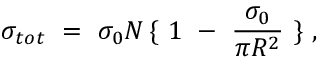
\sigma _ { t o t } \, \, = \, \, \sigma _ { 0 } N \, \{ \, \, 1 \, \, - \, \, \frac { \sigma _ { 0 } } { \pi R ^ { 2 } } \, \, \} \, \, ,